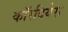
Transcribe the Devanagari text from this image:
कॉरदियेरा